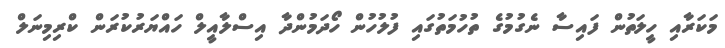
މަކަރާއި ހީލަތުން ފައިސާ ނެގުމުގެ ތުހުމަތުގައި ފުލުހުން ހޯދަމުންދާ އިސްލާއީލް ހައްޔަރުކުރަން ކްރިމިނަލް